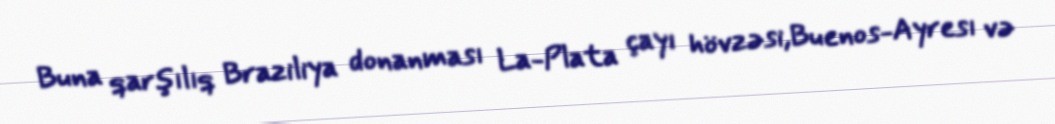
Buna qarşılıq Braziliya donanması La-Plata çayı hövzəsi,Buenos-Ayresı və